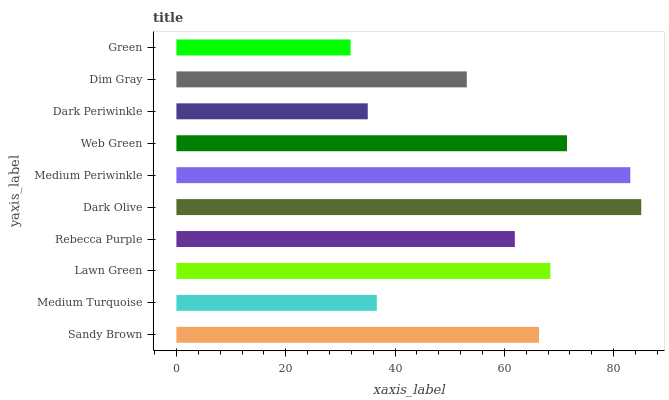
| yaxis_label | bars |
 | --- | --- |
 | Sandy Brown | 66.3 |
 | Medium Turquoise | 36.7 |
 | Lawn Green | 68.4 |
 | Rebecca Purple | 61.9 |
 | Dark Olive | 85 |
 | Medium Periwinkle | 83 |
 | Web Green | 71.5 |
 | Dark Periwinkle | 35 |
 | Dim Gray | 53.1 |
 | Green | 31.9 |